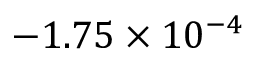
- 1 . 7 5 \times 1 0 ^ { - 4 }